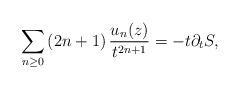
LaTeX: \begin{align*}{\displaystyle\sum\limits_{n\geq0}}\left( 2n+1\right) \frac{u_{n}(z)}{t^{2n+1}}=-t\partial_{t}S, \end{align*}